38_143685_box7_Incident_Summaries_1-100
Agency: Department of War
Page 197
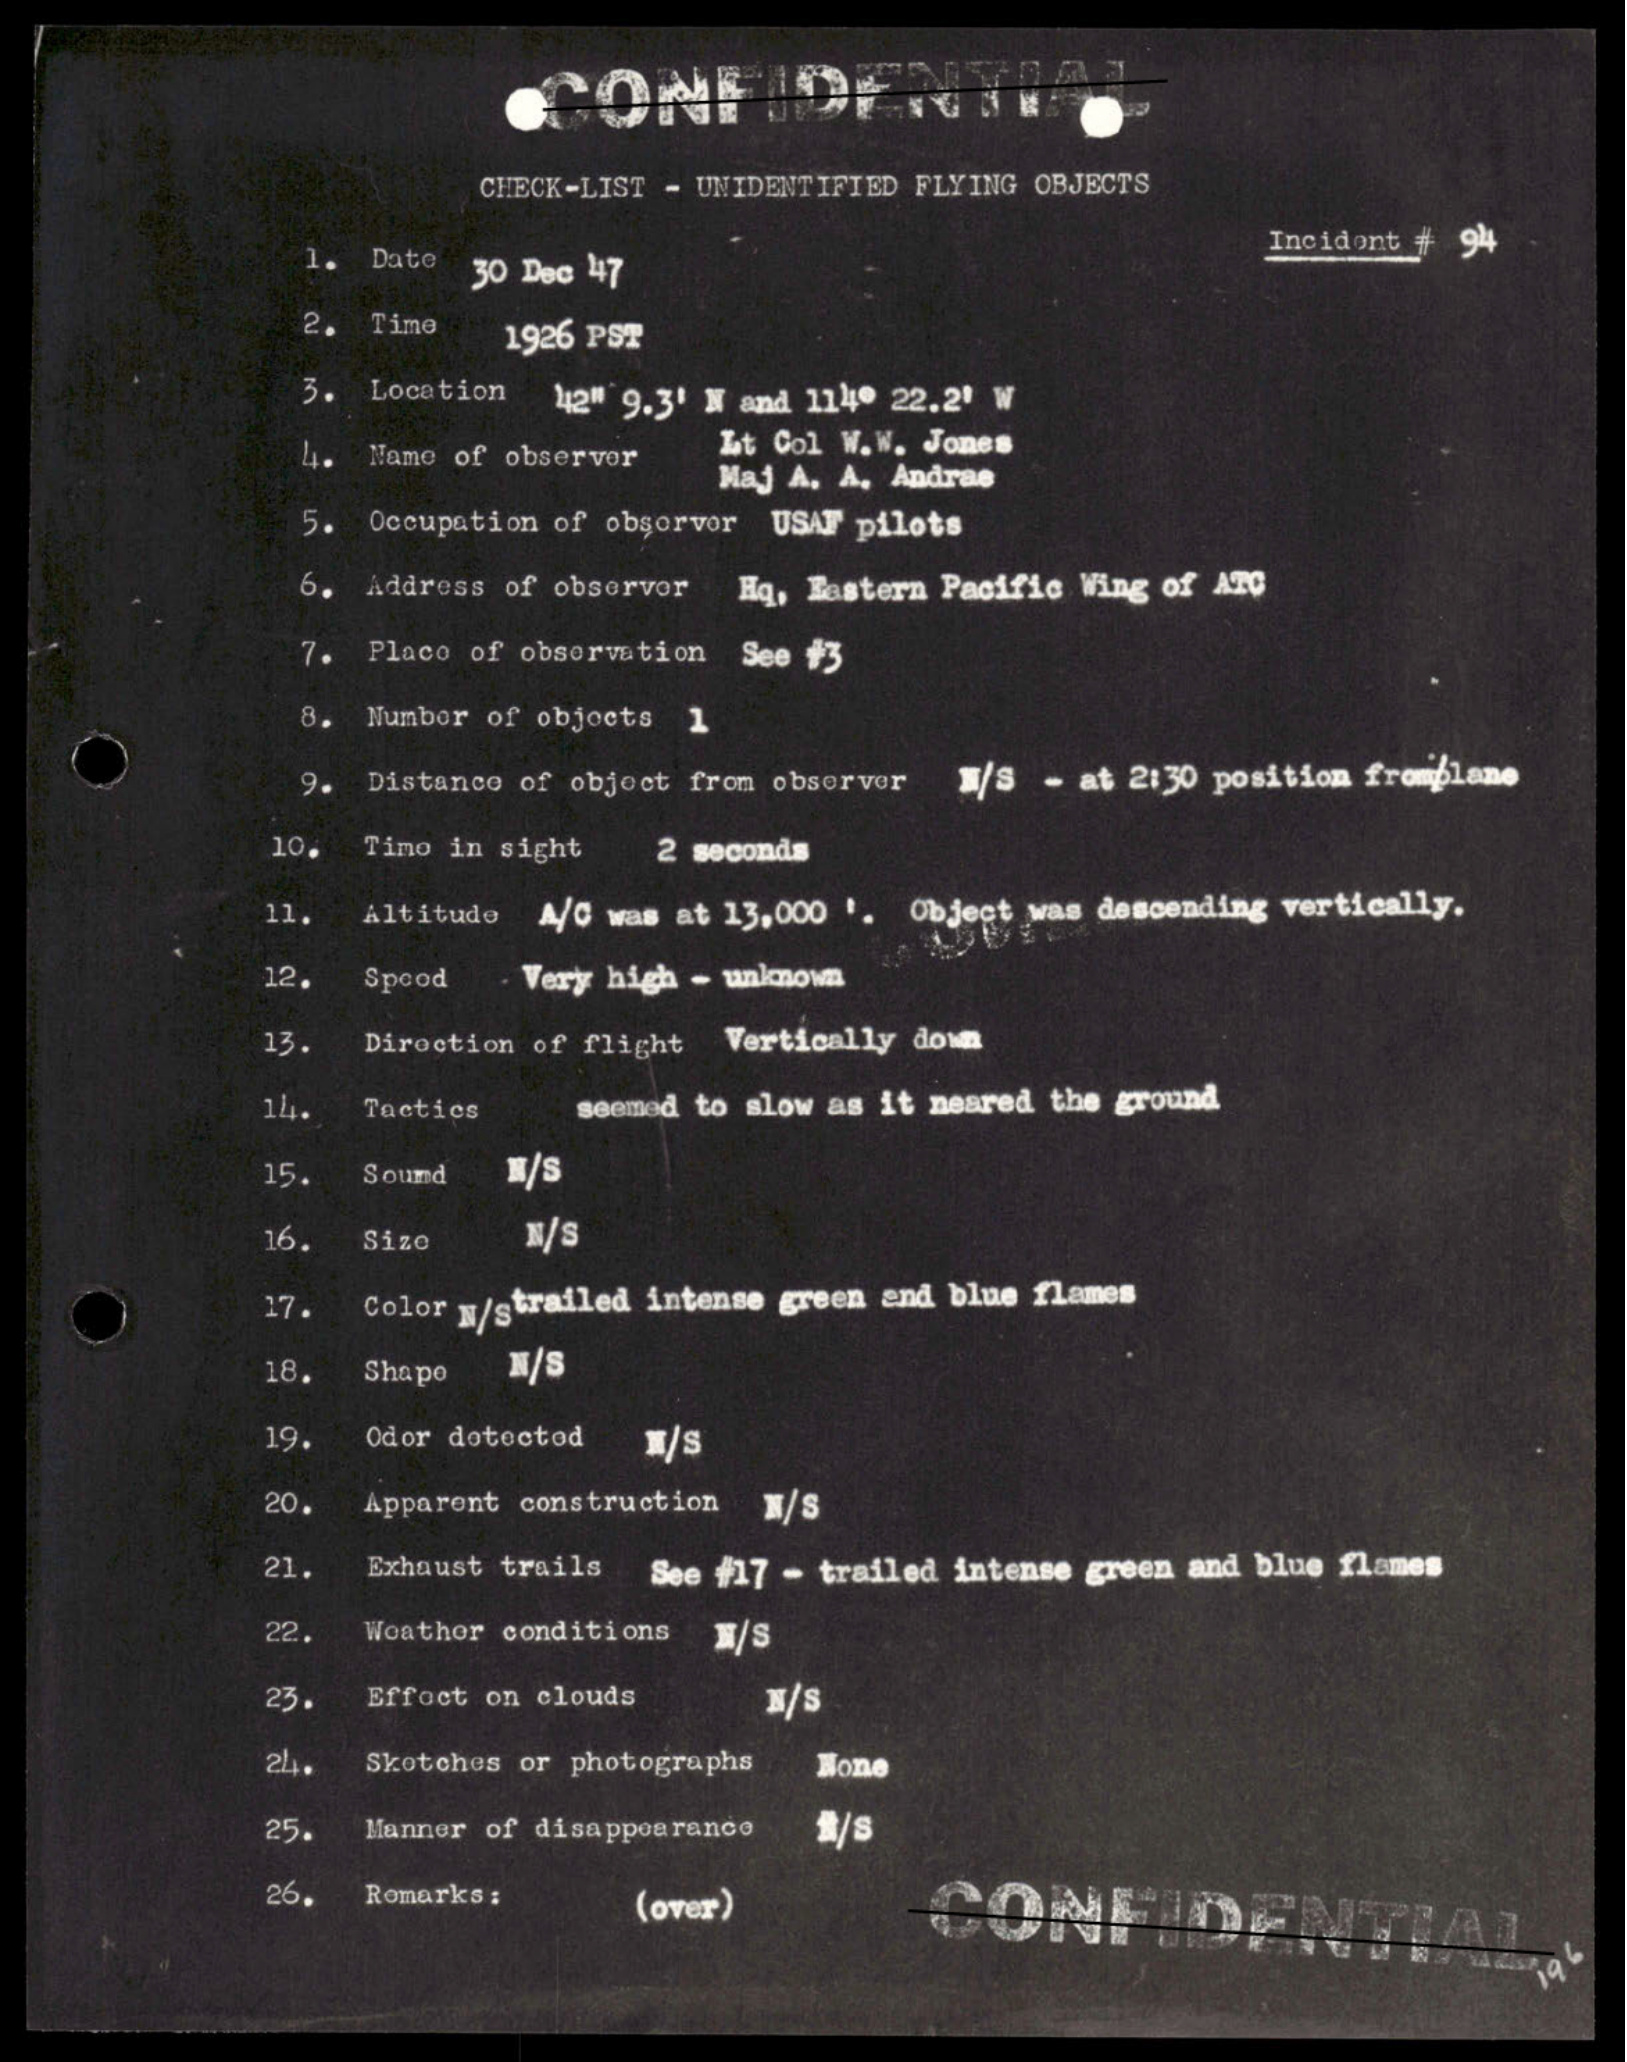